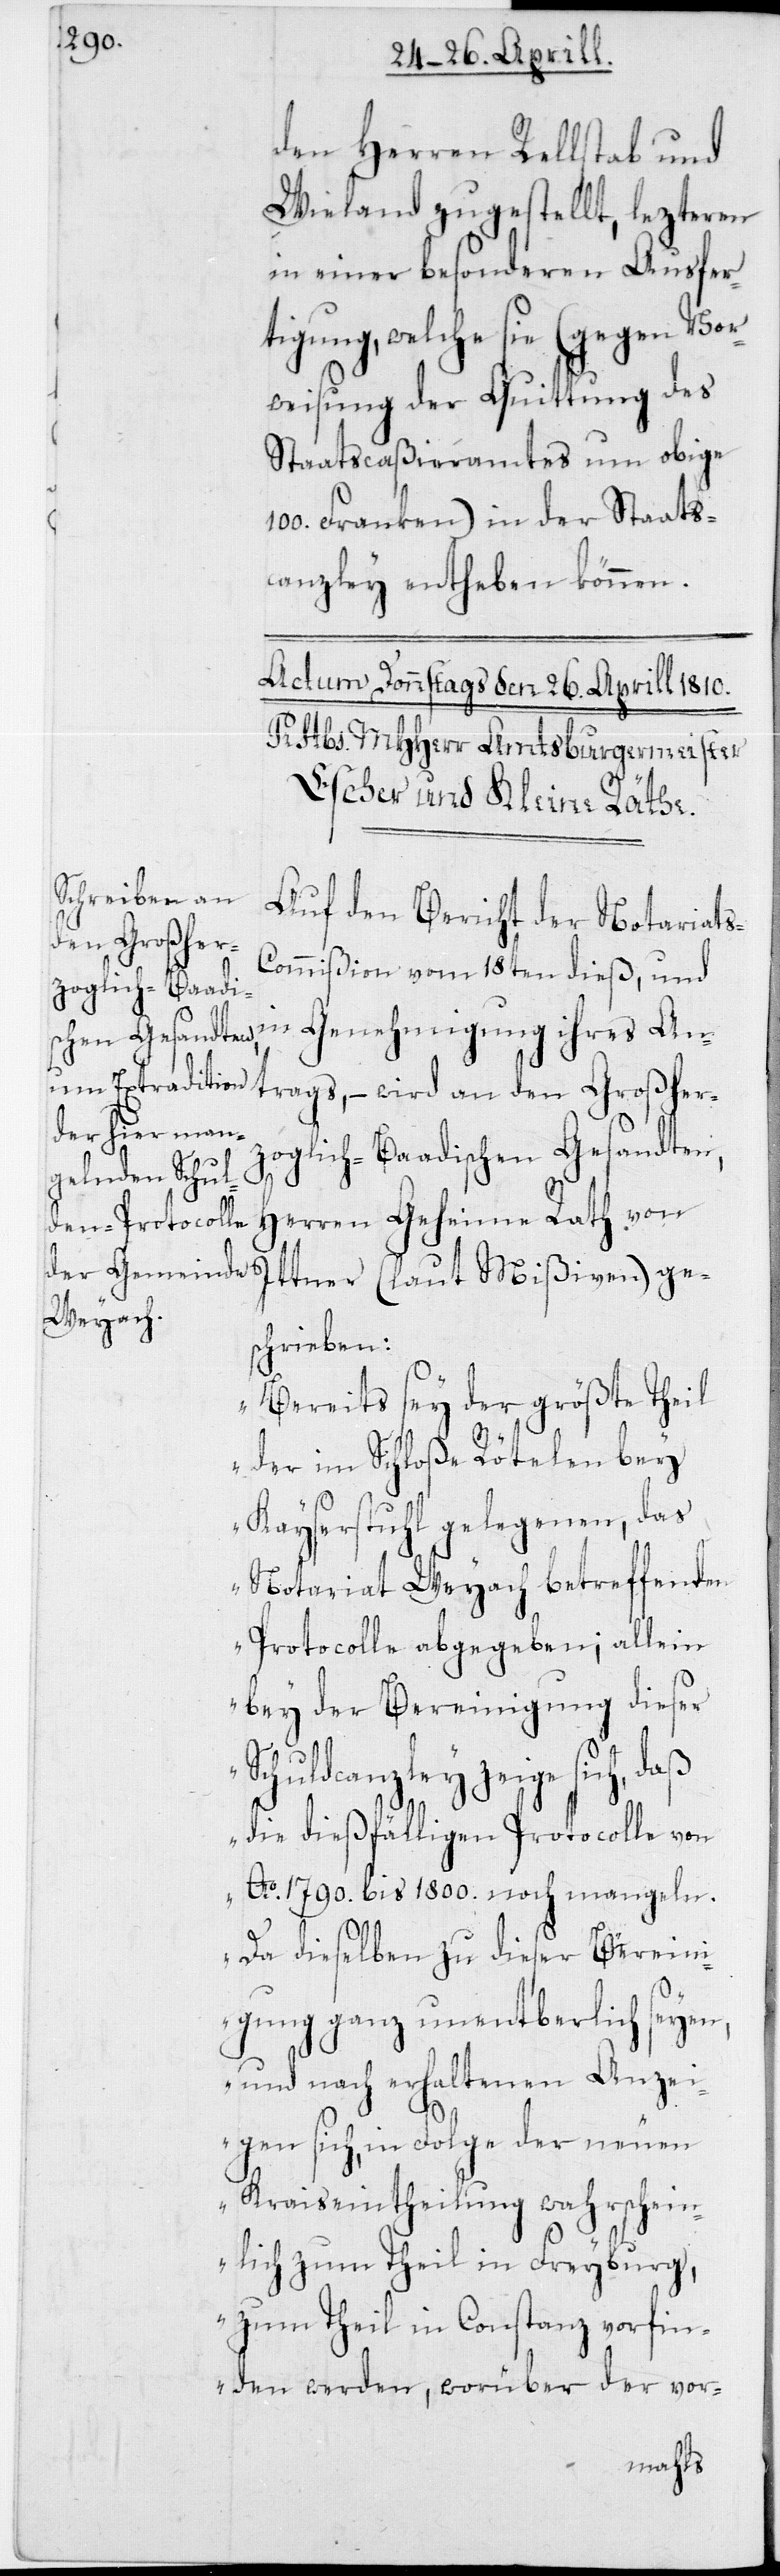
den Herren Rellstab und
Wieland zugestellt, lezteren
in einer besonderen Ausfer¬
tigung, welche sie (gegen Vor¬
weisung der Quittung des
Staatscaßieramtes um obige
100. Franken) in der Staats¬
canzley entheben können.
Auf den Bericht der Notariat¬
s-Commißion vom 18ten dieß, und
in Genehmigung ihres An¬
trags, – wird an den Großher¬
zoglich-Baadischen Gesandten,
Herren Geheime Rath von
Ittner (laut Mißiven) ges¬
chrieben:
„Bereits sey der größte Theil
der im Schloße Rötelen bey
Kayserstuhl gelegenen, das
Notariat Weyach betreffenden
Protocolle abgegeben; allein
bey der Bereinigung dieser
Schuldcanzley zeige
die dießfälligen Protocolle von
Ao 1790. bis 1800. noch mangeln.
Da dieselben zu dieser Berein¬
igung ganz unentbehrlich seyen,
und nach erhaltenen Anzei¬
gen sich, in Folge der neuen
Kraiseintheilung wahrschein¬
lich zum Theil in Freyburg,
zum Theil in Constanz vorfin¬
den werden, worüber der vor-